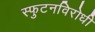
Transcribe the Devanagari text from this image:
स्‍फुटनविरोधी